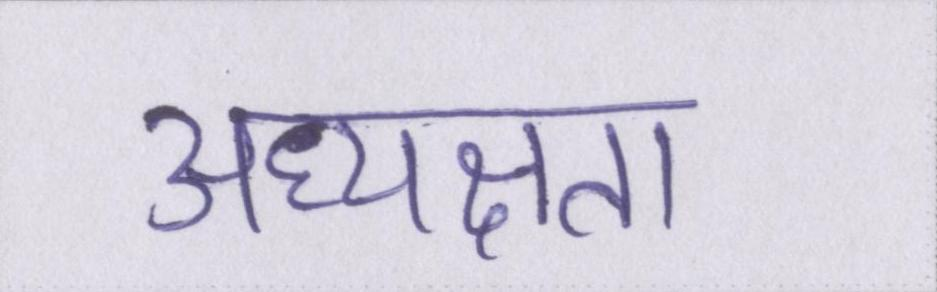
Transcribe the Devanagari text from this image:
अध्यक्षता